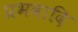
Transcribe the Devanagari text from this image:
प्रभवादि